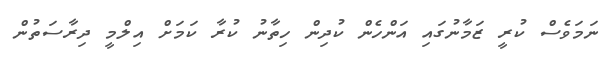
ނަމަވެސް ކުރީ ޒަމާނުގައި އަންހެން ކުދިން ހިތާނު ކުރާ ކަމަށް އިލްމީ ދިރާސަތުން